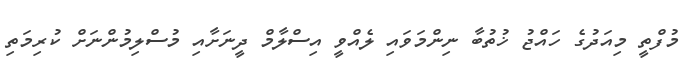
މުފްތީ މިއަދުގެ ހައްޖު ޚުތުބާ ނިންމަވައި ލެއްވީ އިސްލާމް ދީނަށާއި މުސްލިމުންނަށް ކުރިމަތި